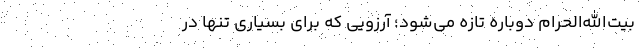
بیت‌الله‌الحرام دوباره تازه می‌شود؛ آرزویی که برای بسیاری تنها در